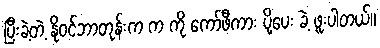
ပြီးခဲ့တဲ့ နိုဝင်ဘာတုန်းက က ကို ကော်ဖီကား ပို့ပေး ခဲ့ ဖူးပါတယ်။